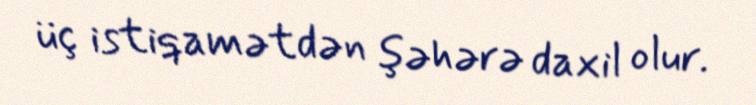
üç istiqamətdən şəhərə daxil olur.